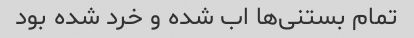
تمام بستنی‌ها اب شده و خرد شده بود